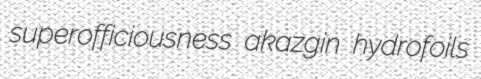
superofficiousness akazgin hydrofoils